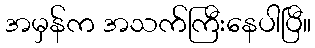
အမှန်က အသက်ကြီးနေပါပြီ။